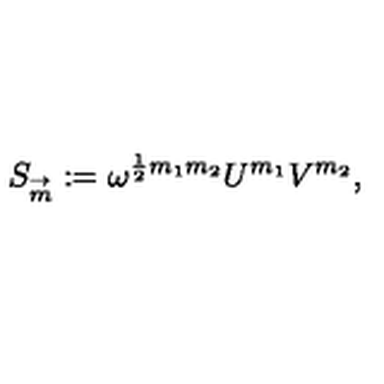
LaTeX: S _ { \frac { \buildrel \rightarrow } { m } } : = \omega ^ { { \frac { 1 } { 2 } } m _ { 1 } m _ { 2 } } U ^ { m _ { 1 } } V ^ { m _ { 2 } } ,